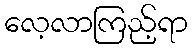
လေ့လာကြည့်ရာ